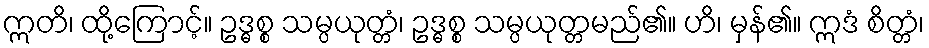
ဣတိ၊ ထို့ကြောင့်။ ဥဒ္ဓစ္စ သမ္ပယုတ္တံ၊ ဥဒ္ဓစ္စ သမ္ပယုတ္တမည်၏။ ဟိ၊ မှန်၏။ ဣဒံ စိတ္တံ၊